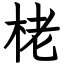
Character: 栳